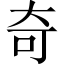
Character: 奇